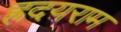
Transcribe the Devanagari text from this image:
ह्रदयराम